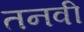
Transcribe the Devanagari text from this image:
तनवी